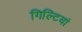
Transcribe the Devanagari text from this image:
गिल्टियां